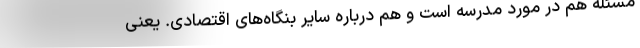
مسئله هم در مورد مدرسه است و هم درباره سایر بنگاه‌های اقتصادی. یعنی